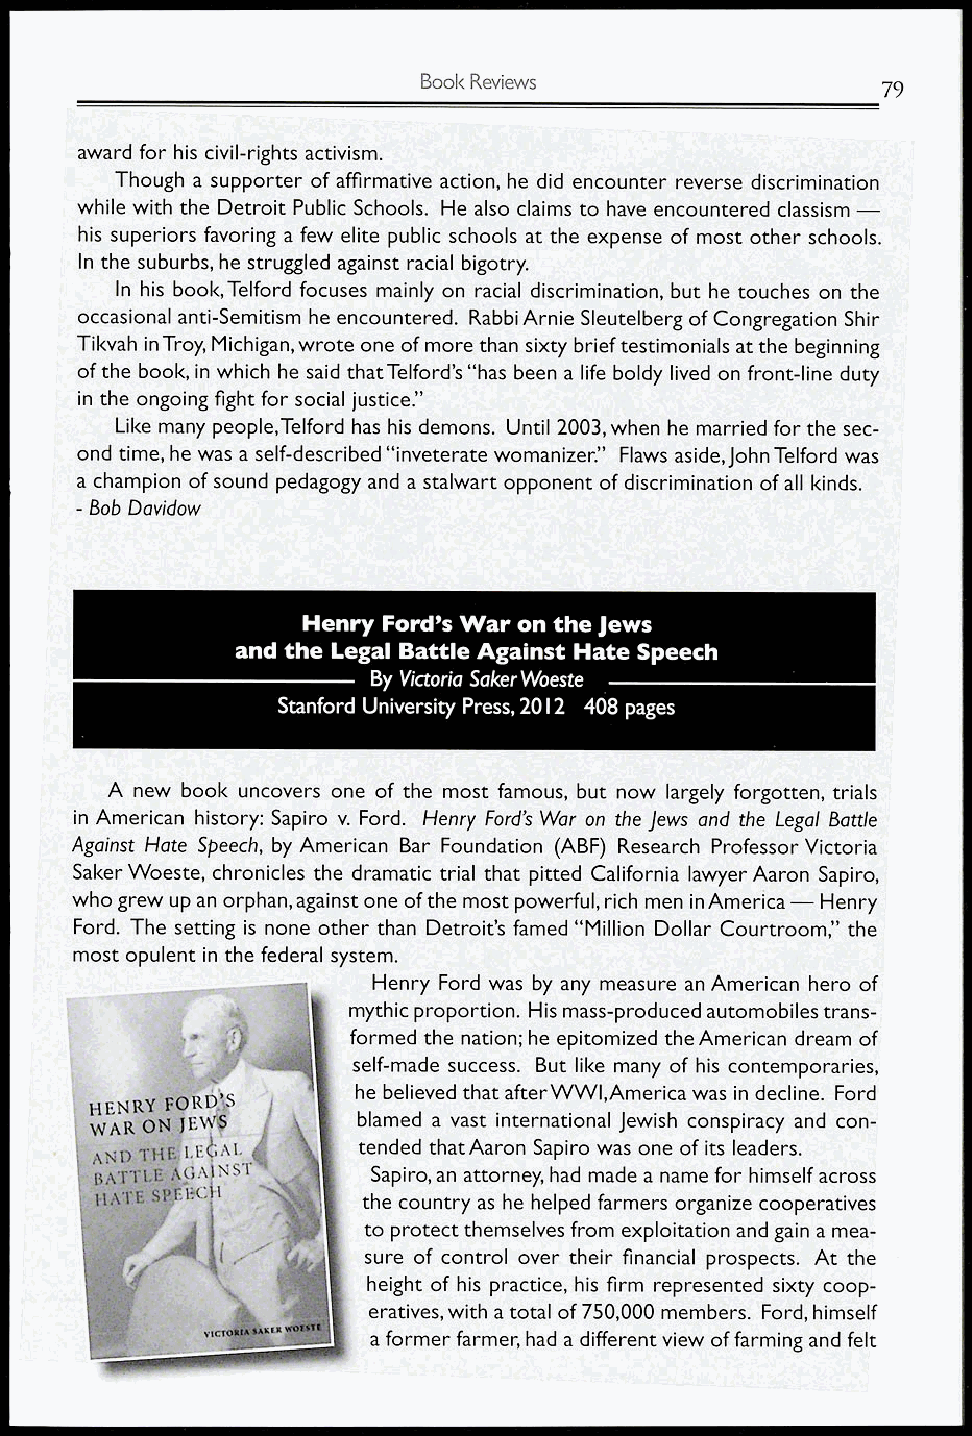
Book Reviews                  79
 award for his civil-rights activism.
 Though a supporter of affirmative action, he did encounter reverse discrimination
 while with the Detroit Public Schools. He also claims to have encountered classism —
 his superiors favoring a few elite public schools at the expense of most other schools.
 In the suburbs, he struggled against racial bigotry.
 In his book, Telford focuses mainly on racial discrimination, but he touches on the
 occasional anti-Semitism he encountered. Rabbi Arnie Sleutelberg of Congregation Shir
 Tikvah in Troy, Michigan, wrote one of more than sixty brief testimonials at the beginning
 of the book, in which he said that Telford's "has been a life boldy lived on front-line duty
 in the ongoing fight for social justice."
 Like many people,Telford has his demons. Until 2003, when he married for the sec-
 ond time, he was a self-described "inveterate womanizer." Flaws aside, John Telford was
 a champion of sound pedagogy and a stalwart opponent of discrimination of all kinds.
 - Bob Davidow
 Henry Ford's War on the Jews
 and the Legal Battle Against Hate Speech
 By Victoria Saker Woeste
 Stanford University Press, 2012 408 pages
 A new book uncovers one of the most famous, but now largely forgotten, trials
 in American history: Sapiro v. Ford. Henry Ford's War on the Jews and the Legal Battle
 Against Hate Speech, by American Bar Foundation (ABF) Research Professor Victoria
 Saker Woeste, chronicles the dramatic trial that pitted California lawyer Aaron Sapiro,
 who grew up an orphan, against one of the most powerful, rich men in America — Henry
 Ford. The setting is none other than Detroit's famed "Million Dollar Courtroom," the
 most opulent in the federal system.
 Henry Ford was by any measure an American hero of
 mythic proportion. His mass-produced automobiles trans-
 formed the nation; he epitomized the American dream of
 self-made success. But like many of his contemporaries,
 he believed that afterWWl,America was in decline. Ford
 HENRY FORD.'S
 WAR ON JE\        blamed a vast international Jewish conspiracy and con-
 AND
 THI,',,I,EC,A1, tended that Aaron Sapiro was one of its leaders.
 GANST        Sapiro, an attorney, had made a name for himself across
 ItATE,4           the country as he helped farmers organize cooperatives
 to protect themselves from exploitation and gain a mea-
 sure of control over their financial prospects. At the
 height of his practice, his firm represented sixty coop-
 eratives, with a total of 750,000 members. Ford, himself
 a former farmer, had a different view of farming and felt